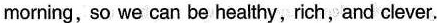
morning, so we can be healthy, rich, and clever.